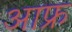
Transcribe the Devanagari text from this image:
आफ्र